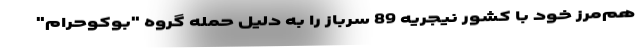
هم‌مرز خود با کشور نیجریه 89 سرباز را به دلیل حمله گروه "بوکوحرام"